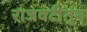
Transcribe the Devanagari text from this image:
राजवटीतुन